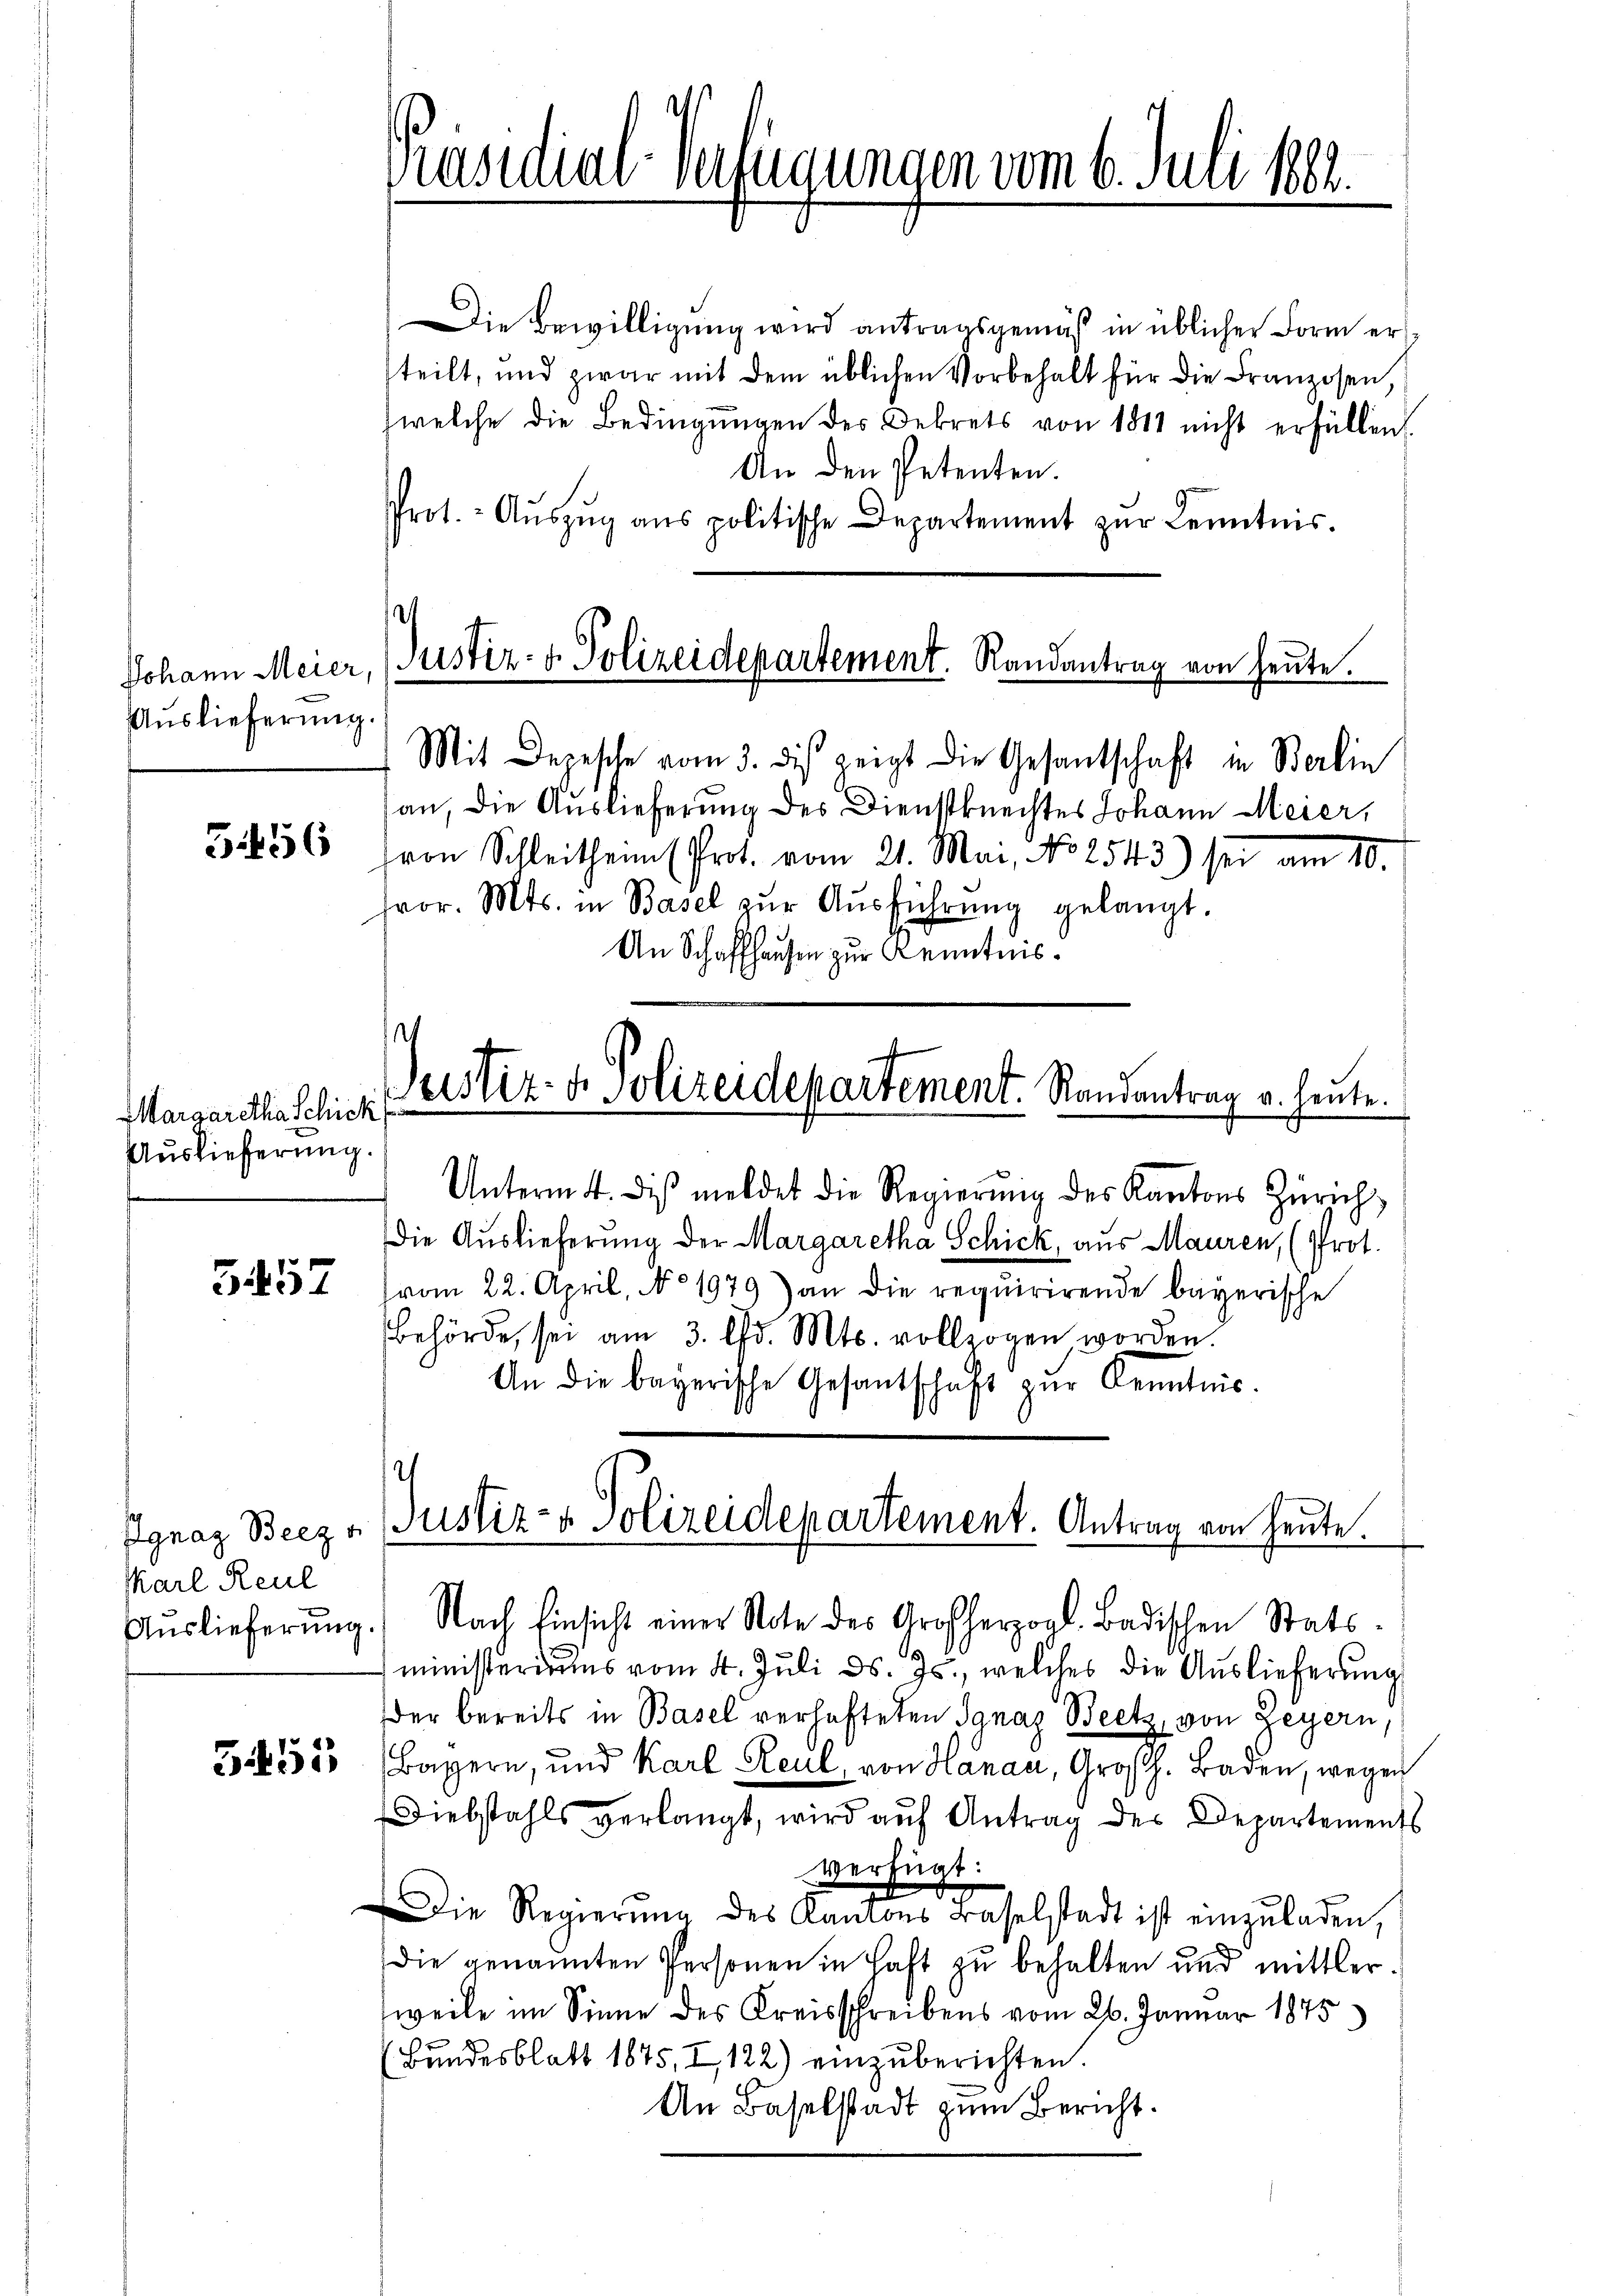
Auslieferung.

3.456

Margaretha Schick
Auslieferung.

5457

Karl Reul

5455

Präsidial-Verfügungen vom 6. Juli 1882.

W
Justiz- & Polizeidepartement. Randantrag u. heute.

Die Bewilligung wird antragsgemäß in üblicher Form ers
steilt, und zwar mit dem üblichen Vorbehalt für die Franzosen,
welche die Bedingungen des Dekrets von 1811 nicht erfüllen
An den Petenten.
Prot. - Aŭszŭg ans politische Departement zŭr Kenntnis.
.
Johann Meier, (Justiz- & Polizeidepartement. Randantrag von heute.
Mit Depesche vom 3. dis zeigt die Gesantschaft in Berlin
an, die Auslieferung des Dienstknechtes Johann Meier,
Hron Schleitheim (Prot. vom 21. Mai, No 2543) sei am 10.
fvor. Mts. in Basel zur Ausführung gelangt.
An Schaffhausen zur Kenntnis¬

Unterm 4. dis meldet die Regierŭng des Kantons Zürich
Die Auslieferung der Margaretha Schick, aus Mauren, (Prot.
vom 22. April, No 1979) an die requirirende bayerische
Behörde, sei am 3. d. Mts. vollzogen worden.
An die bayerische Gesantschaft zŭr Kenntnis.
Aŭslieferŭng.) Nach Einsicht einer Note des Großherzogl. Badischen Stats-
ministeriums vom 4. Juli d. Js., welches die Auslieferung
der bereits in Basel verhafteten Ignaz Beetz, von Zeyern,
Bayern, und Karl Reul, von Hanau, Grosch. Baden, wegen
Diebstahls verlangt, wird auf Antrag des Departements
verfügt:
Die Regierŭng des Kantons Baselstadt ist einzŭladen,
(die genannten Personen in Haft zu behalten und mittler.
weile im Sinne des Kreisschreibens vom 26. Januar 1875
(Bundesblatt 1875, I, 122) einzŭberichten.
An Baselstadt zum Bericht.

Ignaz Beez u. Justiz- & Polizeidepartement. Antrag von heute.